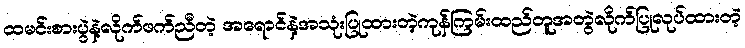
ထမင်းစားပွဲနဲ့လိုက်ဖက်ညီတဲ့ အရောင်နဲ့အသုံးပြုထားတဲ့ကုန်ကြမ်းထည်တူအတွဲလိုက်ပြုလုပ်ထားတဲ့